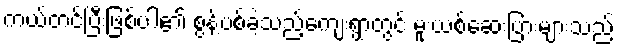
ကယ်တင်ပြီးဖြစ်ပါ၏ စွန့်ပစ်ခဲ့သည့်ကျေးရွာတွင် မူးယစ်ဆေးပြားများသည်